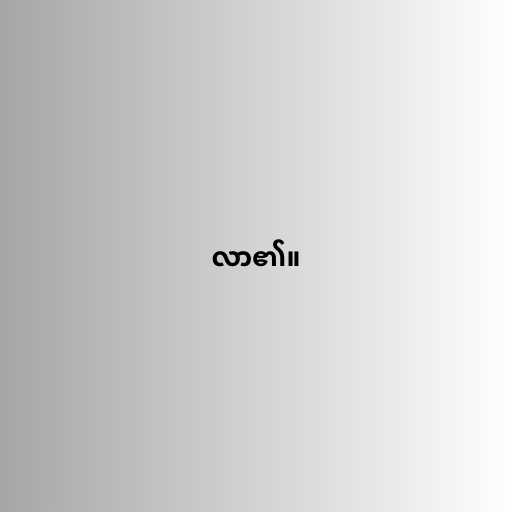
လာ၏။